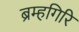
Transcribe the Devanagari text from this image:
ब्रम्हगिरि